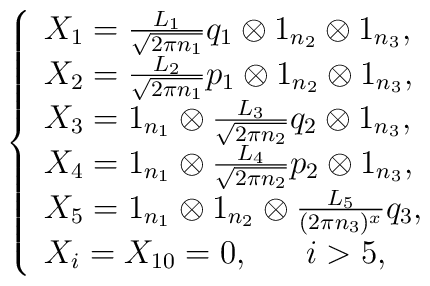
\left\{ \begin{array}{lll}X_1= \frac{L_1}{\sqrt{2\pi n_1}}q_1\otimes 1_{n_{2}}\otimes 1_{n_{3}},\\ X_{2}=\frac{L_2}{\sqrt{2\pi n_1}}p_1\otimes 1_{n_{2}}\otimes 1_{n_{3}}, \\  X_{3}=1_{n_{1}}\otimes \frac{L_3}{\sqrt{2\pi n_2}}q_2\otimes 1_{n_{3}},\\X_4=1_{n_{1}}\otimes \frac{L_4}{\sqrt{2\pi n_2}}p_2\otimes 1_{n_{3}},\\X_5=1_{n_{1}}\otimes 1_{n_{2}}\otimes \frac{L_5}{(2\pi n_3)^x} q_3,\\X_i=X_{10}=0,\;\;\;\;\;\;i>5,\end{array}\right.